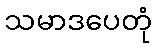
သမာဒပေတုံ